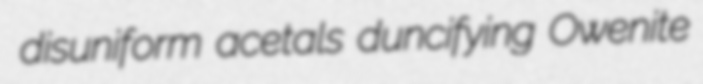
disuniform acetals duncifying Owenite